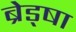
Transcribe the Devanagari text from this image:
ब्रेड्षा